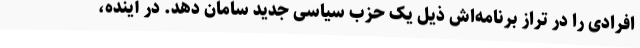
افرادی را در تراز برنامه‌اش ذیل یک حزب سیاسی جدید سامان دهد. در آینده،